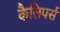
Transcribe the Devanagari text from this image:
कैलिपर्स